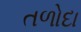
તળોદા